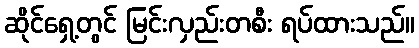
ဆိုင်ရှေ့တွင် မြင်းလှည်းတစီး ရပ်ထားသည်။